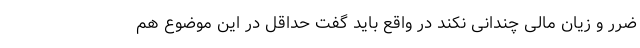
ضرر و زیان مالی چندانی نکند در واقع باید گفت حداقل در این موضوع هم